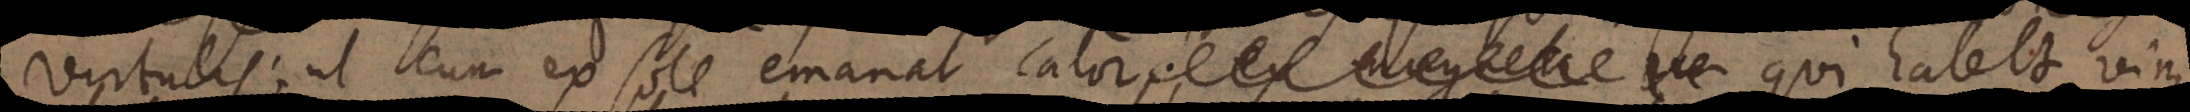
virtuales, ut cum ex sole emanat calor ex magnete m qui habet vim